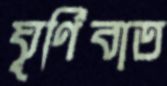
ঘূর্ণিবাত